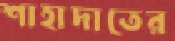
শাহাদাতের